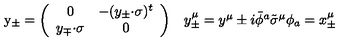
\begin{array} { c c } { \mathrm { y } _ { \pm } = \left( \begin{array} { c c } { 0 } & { - ( y _ { \pm } { \cdot \sigma } ) ^ { t } } \\ { y _ { \mp } { \cdot \sigma } } & { 0 } \\ \end{array} \right) } & { y _ { \pm } ^ { \mu } = y ^ { \mu } \pm i \bar { \phi } { } ^ { a } \tilde { \sigma } ^ { \mu } \phi _ { a } = x _ { \pm } ^ { \mu } } \\ \end{array}